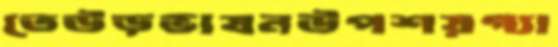
তেউড়ভাষনউপশয়গ্যা